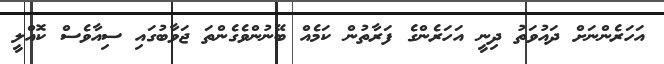
އަހަރެންނަށް ދައުވަތު ދިނީ އަހަރެންގެ ފަރާތުން ކަމެއް ބޭނުންވެގެންތަ ޖަވާބުގައި ސިއާވެސް ކޮއްލީ